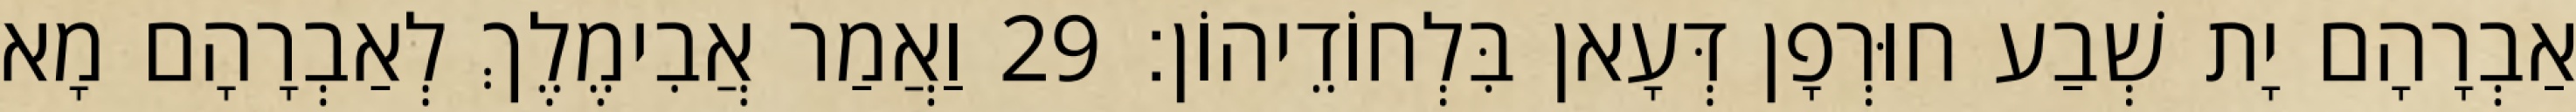
אַבְרָהָם יָת שְׁבַע חוּרְפָן דְּעָאן בִּלְחוֹדֵיהוֹן׃ 29 וַאֲמַר אֲבִימֶלֶךְ לְאַבְרָהָם מָא